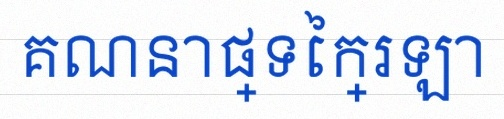
គណនាផ្ទៃក្រឡា